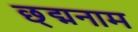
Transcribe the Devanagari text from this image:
छ्द्मनाम